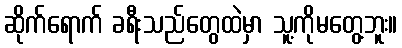
ဆိုက်ရောက် ခရီးသည်တွေထဲမှာ သူ့ကိုမတွေ့ဘူး။